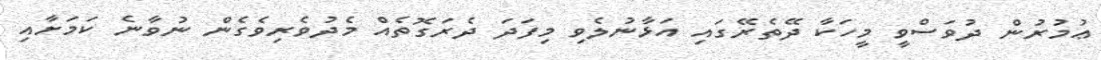
ޢުމުރުން ދުވަސްވީ މީހަކާ ދޭތެރޭގައި އަޅާނުލެވި މިފަދަ ދެރަގޮތެއް މެދުވެރިވެގެން ނުވާނެ ކަމަށާއި